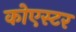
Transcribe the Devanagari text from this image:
कोएस्टर